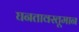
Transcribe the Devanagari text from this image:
घनतावस्तूमान